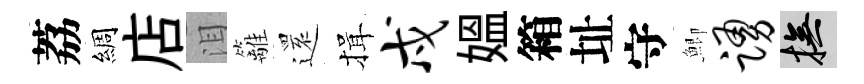
荔綢店泪籬𮟃揖戍媪箱址守鯽踊撫